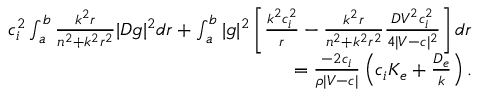
\begin{array} { r } { c _ { i } ^ { 2 } \int _ { a } ^ { b } \frac { k ^ { 2 } r } { n ^ { 2 } + k ^ { 2 } r ^ { 2 } } | D g | ^ { 2 } d r + \int _ { a } ^ { b } | g | ^ { 2 } \left[ \frac { k ^ { 2 } c _ { i } ^ { 2 } } { r } - \frac { k ^ { 2 } r } { n ^ { 2 } + k ^ { 2 } r ^ { 2 } } \frac { D V ^ { 2 } c _ { i } ^ { 2 } } { 4 | V - c | ^ { 2 } } \right] d r } \\ { = \frac { - 2 c _ { i } } { \rho | V - c | } \left( c _ { i } K _ { e } + \frac { D _ { e } } { k } \right) . } \end{array}